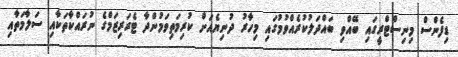
ޑިފެންސް މިނިސްޓްރީގައި ބޭއްވި ބައްދަލުކުރެއްވުމުގައި މިހާރު ދުނިޔެއަށް ކުރިމަތިވަމުންދާ ޓެރަރިޒަމްގެ ނުރައްކާތަކާއި ސަލާމަތާއި